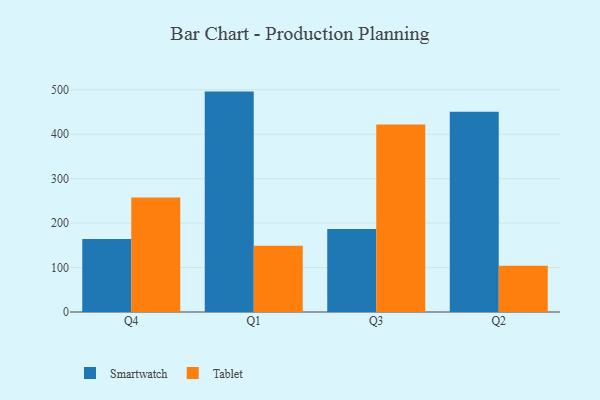
{"axis": {"x": "Quarter", "y": "Customer Acquisition Cost (USD)"}, "legend": ["Smartwatch", "Tablet"], "data": [{"x": "Q4", "y": 164.2, "type": "Smartwatch"}, {"x": "Q4", "y": 257.7, "type": "Tablet"}, {"x": "Q1", "y": 495.9, "type": "Smartwatch"}, {"x": "Q1", "y": 149.3, "type": "Tablet"}, {"x": "Q3", "y": 186.5, "type": "Smartwatch"}, {"x": "Q3", "y": 422.1, "type": "Tablet"}, {"x": "Q2", "y": 450.6, "type": "Smartwatch"}, {"x": "Q2", "y": 103.8, "type": "Tablet"}]}